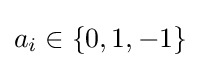
a_{i}\in \{0,1,-1\}